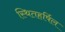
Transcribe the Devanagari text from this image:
स्थितहर्षिल